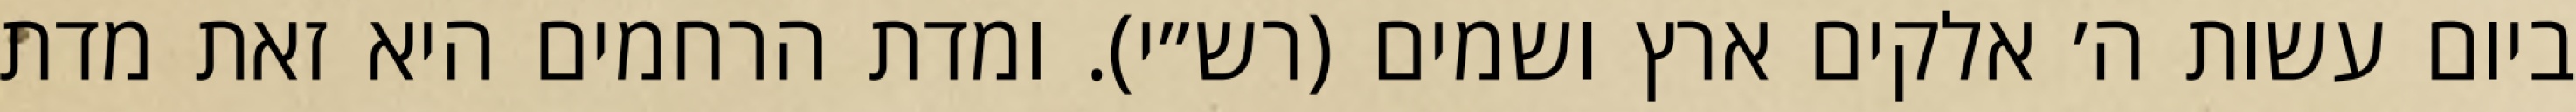
ביום עשות ה׳ אלקים ארץ ושמים (רש״י). ומדת הרחמים היא זאת מדת